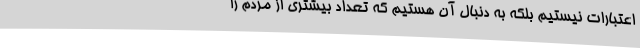
اعتبارات نیستیم بلکه به دنبال آن هستیم که تعداد بیشتری از مردم را